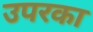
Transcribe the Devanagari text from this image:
उपरका